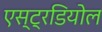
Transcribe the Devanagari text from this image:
एस्ट्रडियोल